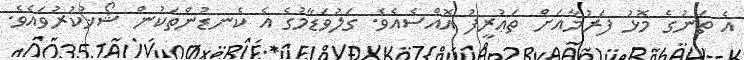
އެ ތަނުގެ މޮޅު ފަރުމާއަށް ތަޢުރީފު އޮއްސެއެވެ. ގަލުވަޑާމުގެ އެ ކެނޑުންތަކުން ޝޯޚުކުރުވައެވެ.